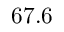
6 7 . 6